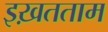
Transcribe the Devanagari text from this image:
इख़तताम